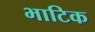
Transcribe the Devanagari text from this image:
भाटिक